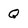
Character: Q